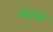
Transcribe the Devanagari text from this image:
बस्फ़